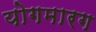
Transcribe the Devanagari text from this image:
योगमारग